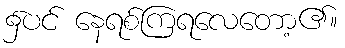
၌ပင် နေရစ်ကြရလေတော့၏။